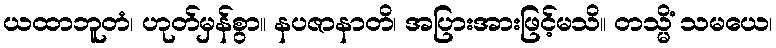
ယထာဘူတံ၊ ဟုတ်မှန်စွာ။ နပဇာနာတိ၊ အပြားအားဖြင့်မသိ။ တသ္မိံ သမယေ၊